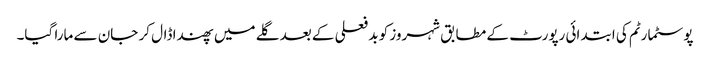
پوسٹمارٹم کی ابتدائی رپورٹ کے مطابق شہروز کو بد فعلی کے بعد گلے میں پھندا ڈال کر جان سے مارا گیا۔